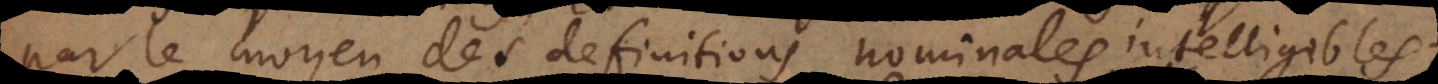
par le moyen des definitions nominales intelligibles;